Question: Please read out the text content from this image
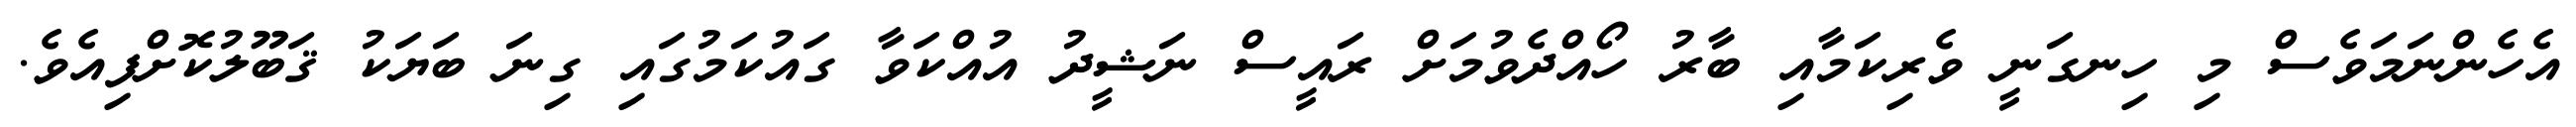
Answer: އެހެންނަމަވެސް މި ހިނގަނީ ވެރިކަމާއި ބާރު ހޯއްދެވުމަށް ރައީސް ނަޝީދު އުއްކަވާ ގައުކަމުގައި ގިނަ ބަޔަކު ޤަބޫލުކޮށްފިއެވެ.